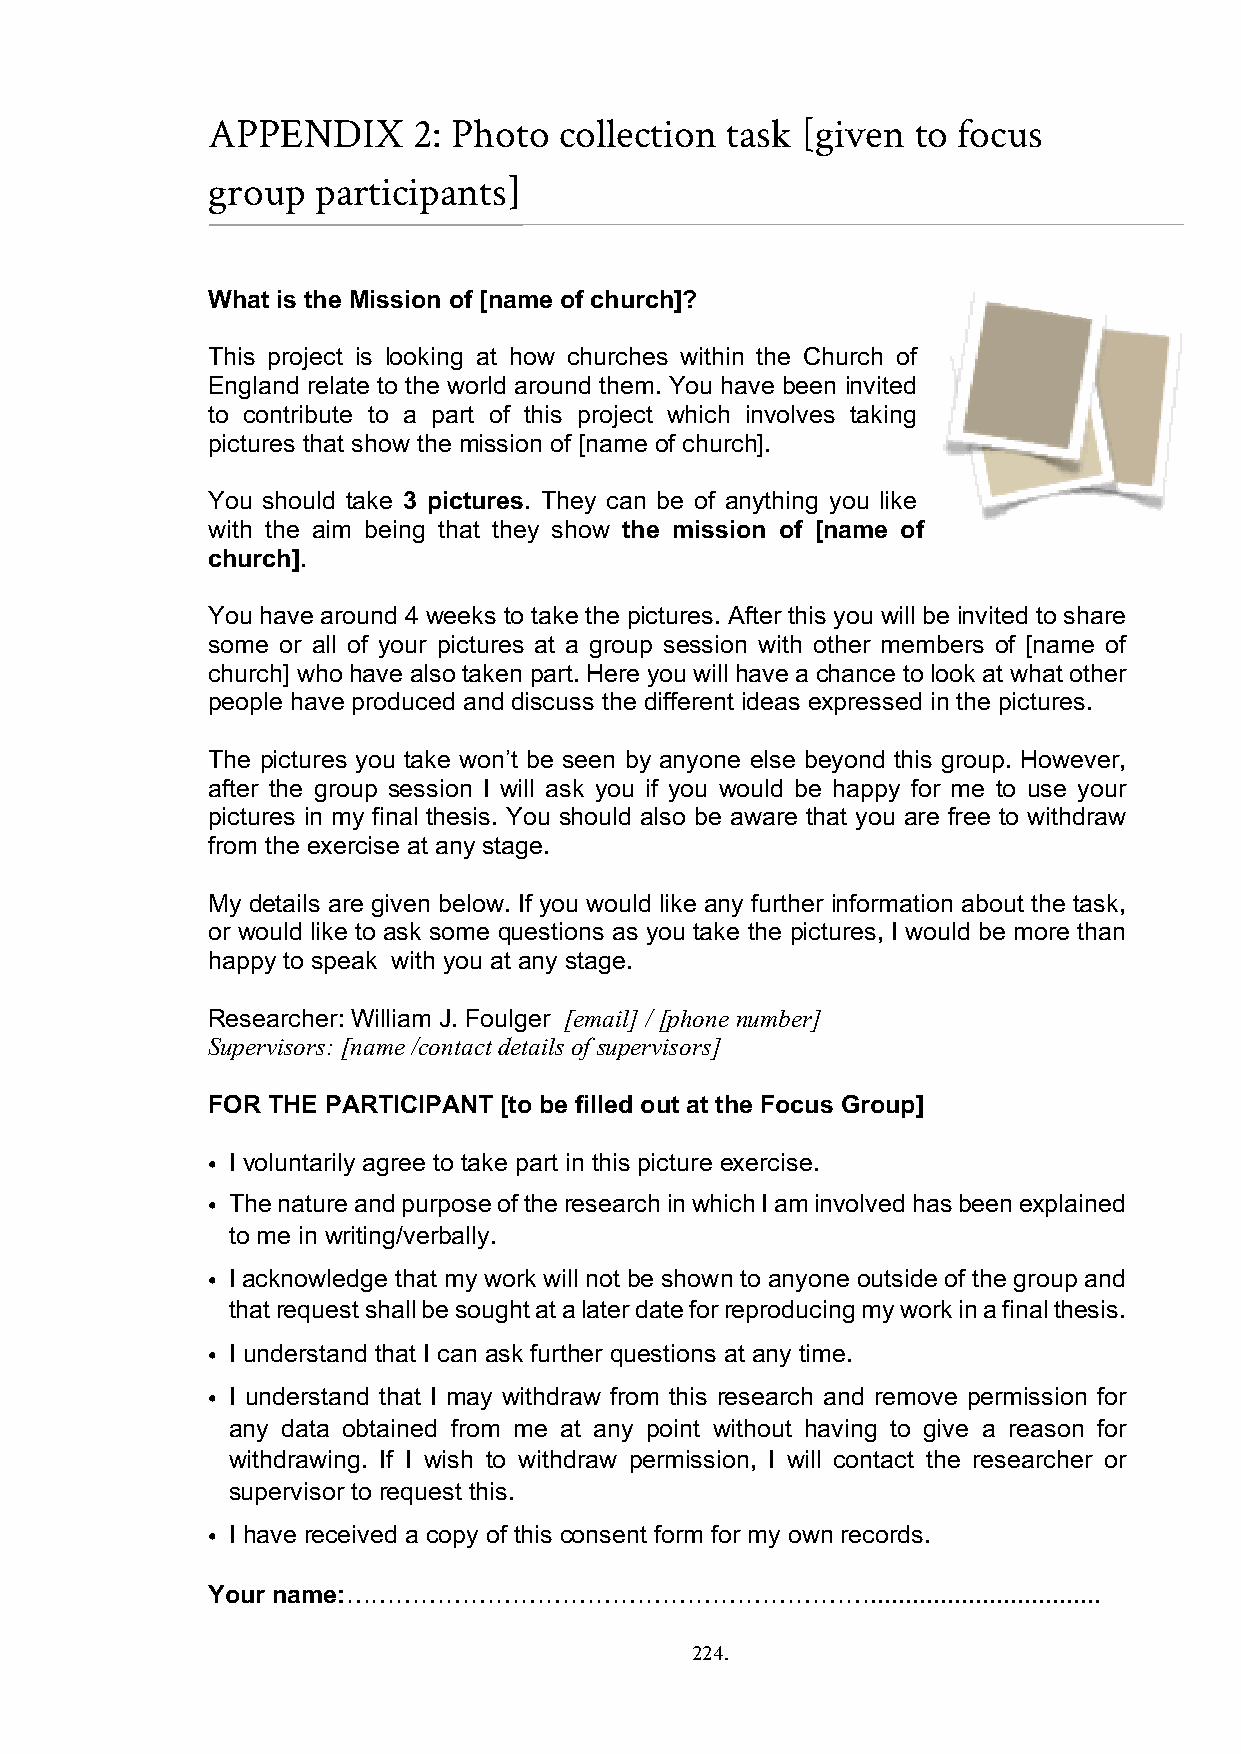
APPENDIX     2: Photo  collection task [given  to focus
 group  participants]
 What is the Mission of [name of church]?
 This project is looking at how churches within the Church of
 England relate to the world around them. You have been invited
 to contribute to a part of this project which involves taking
 pictures that show the mission of [name of church].
 You should take 3 pictures. They can be of anything you like
 with the aim being that they show the mission of [name of
 church].
 You have around 4 weeks to take the pictures. After this you will be invited to share
 some or all of your pictures at a group session with other members of [name of
 church] who have also taken part. Here you will have a chance to look at what other
 people have produced and discuss the different ideas expressed in the pictures.
 The pictures you take won’t be seen by anyone else beyond this group. However,
 after the group session I will ask you if you would be happy for me to use your
 pictures in my final thesis. You should also be aware that you are free to withdraw
 from the exercise at any stage.
 My details are given below. If you would like any further information about the task,
 or would like to ask some questions as you take the pictures, I would be more than
 happy to speak with you at any stage.
 Researcher: William J. Foulger [email] / [phone number]
 Supervisors: [name /contact details of supervisors]
 FOR THE PARTICIPANT [to be filled out at the Focus Group]
 • I voluntarily agree to take part in this picture exercise.
 • The nature and purpose of the research in which I am involved has been explained
 to me in writing/verbally.
 • I acknowledge that my work will not be shown to anyone outside of the group and
 that request shall be sought at a later date for reproducing my work in a final thesis.
 • I understand that I can ask further questions at any time.
 • I understand that I may withdraw from this research and remove permission for
 any data obtained from me at any point without having to give a reason for
 withdrawing. If I wish to withdraw permission, I will contact the researcher or
 supervisor to request this.
 • I have received a copy of this consent form for my own records.
 Your name:……………………………………………………….................................
 224.